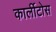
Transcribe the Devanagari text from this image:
कार्लीटोस